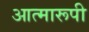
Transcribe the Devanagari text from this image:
आत्मारूपी